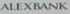
ALEXBANK